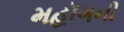
મહૉગની